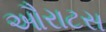
ઔરાટસ